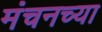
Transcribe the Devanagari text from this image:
मंचनच्या